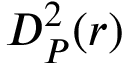
D _ { P } ^ { 2 } ( r )